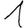
Digit: 1